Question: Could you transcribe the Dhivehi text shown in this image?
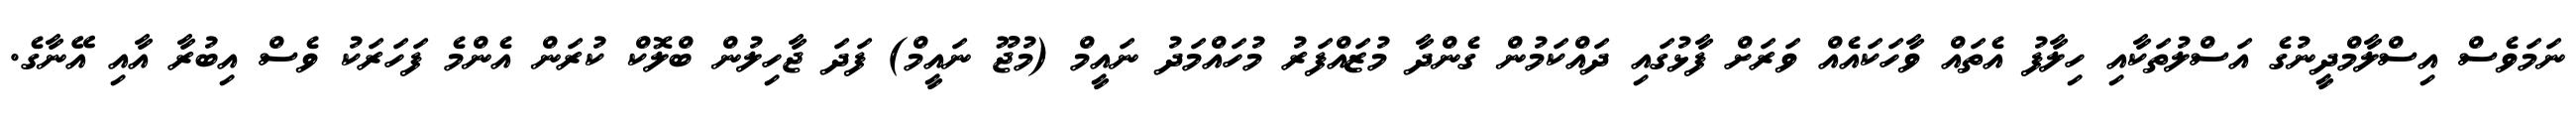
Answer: ނަމަވެސް އިސްލާމްދީނުގެ އަސްލުތަކާއި ހިލާފު އެތައް ވާހަކައެއް ވަރަށް ފާޅުގައި ދައްކަމުން ގެންދާ މުޒައްފަރު މުހައްމަދު ނައީމް (މުޖޫ ނައީމް) ފަދަ ޖާހިލުން ބްލޮކް ކުރަން އެންމެ ފަހަރަކު ވެސް އިބުރާ އާއި އޭނާގެ.